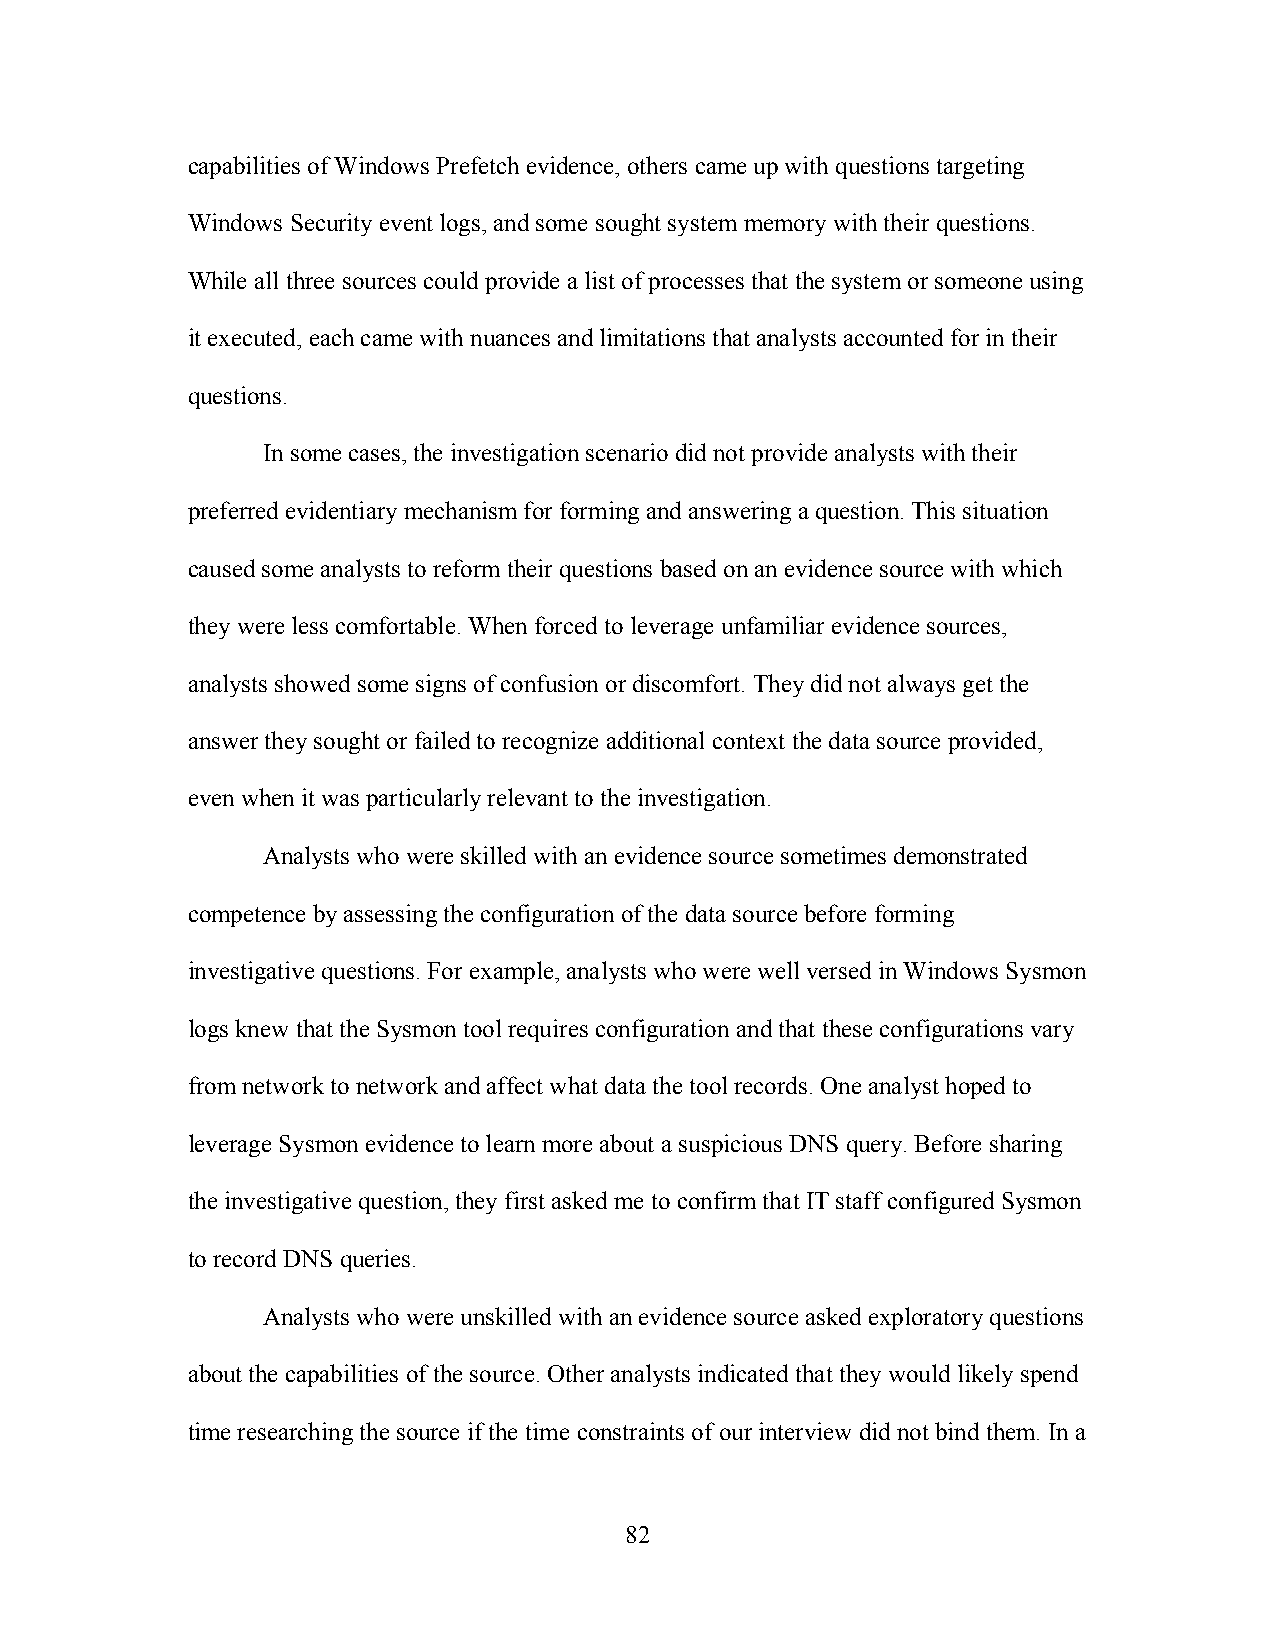
capabilities of Windows Prefetch evidence, others came up with questions targeting
 Windows Security event logs, and some sought system memory with their questions.
 While all three sources could provide a list of processes that the system or someone using
 it executed, each came with nuances and limitations that analysts accounted for in their
 questions.
 In some cases, the investigation scenario did not provide analysts with their
 preferred evidentiary mechanism for forming and answering a question. This situation
 caused some analysts to reform their questions based on an evidence source with which
 they were less comfortable. When forced to leverage unfamiliar evidence sources,
 analysts showed some signs of confusion or discomfort. They did not always get the
 answer they sought or failed to recognize additional context the data source provided,
 even when it was particularly relevant to the investigation.
 Analysts who were skilled with an evidence source sometimes demonstrated
 competence by assessing the configuration of the data source before forming
 investigative questions. For example, analysts who were well versed in Windows Sysmon
 logs knew that the Sysmon tool requires configuration and that these configurations vary
 from network to network and affect what data the tool records. One analyst hoped to
 leverage Sysmon evidence to learn more about a suspicious DNS query. Before sharing
 the investigative question, they first asked me to confirm that IT staff configured Sysmon
 to record DNS queries.
 Analysts who were unskilled with an evidence source asked exploratory questions
 about the capabilities of the source. Other analysts indicated that they would likely spend
 time researching the source if the time constraints of our interview did not bind them. In a
 82